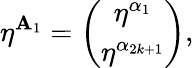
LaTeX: \eta^{\mathbf{A}_{1}}=\left(\begin{array}{c}{{\eta^{\alpha_{1}}}}\\ {{\eta^{\alpha_{2k+1}}}}\end{array}\right),